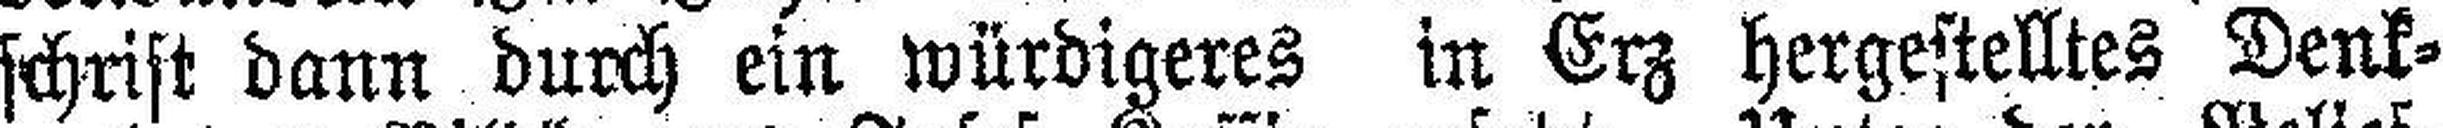
schrift dann durch ein würdigeres in Erz hergestelltes Denk¬